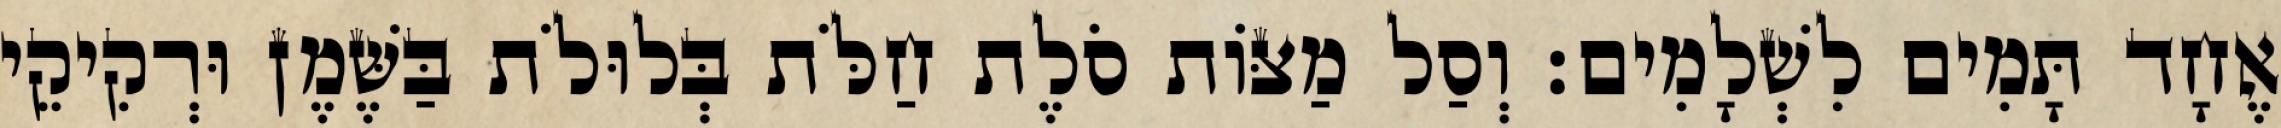
אֶחָד תָּמִים לִשְׁלָמִים׃ וְסַל מַצּוֹת סֹלֶת חַלֹּת בְּלוּלֹת בַּשֶּׁמֶן וּרְקִיקֵי